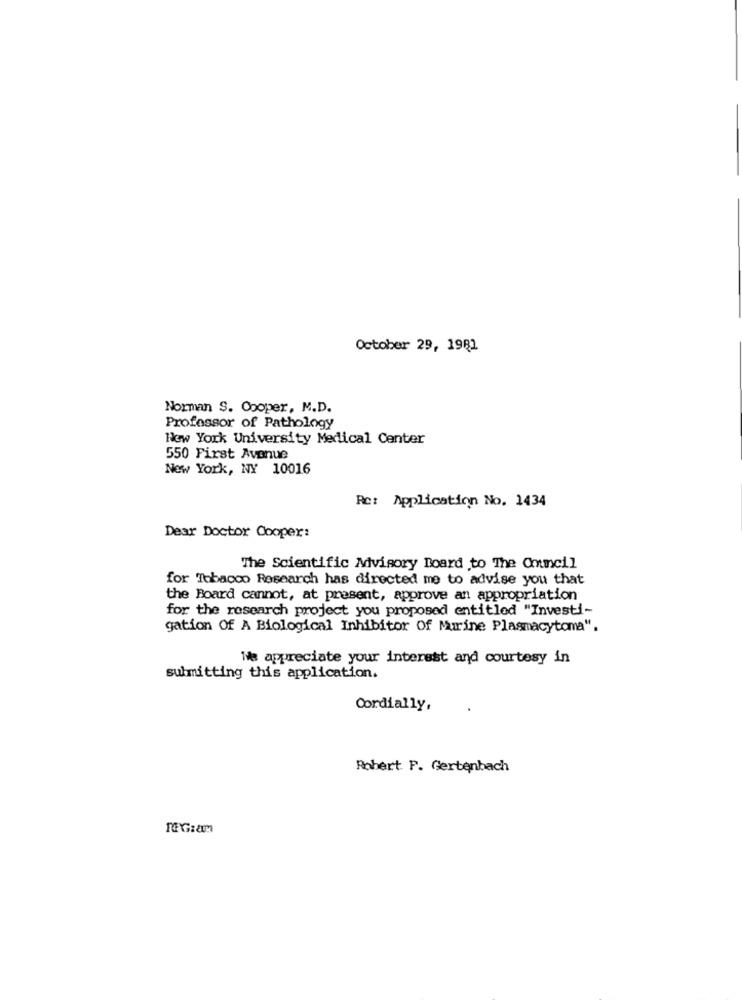
October 29, 1981
Norman S. Cooper, M.D.
Professor of Pathology
New York University Medical Center
550 First Avenue
New York, NY 10016
Re: Application No. 1434
Dear Doctor Cooper:
The Scientific Mivisory Board to The Council
for Tobacco Research has directed me to advise you that
the Board cannot, at present, approve an appropriation
for the research project you proposed entitled "Investi-
gation Of A Biological Inhibitor Of Murine Plasmacytoma".
We appreciate your interest and courtesy in
submitting this application.
Cordially,
Robert F. Gertenbach
TO G:am